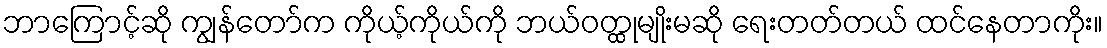
ဘာကြောင့်ဆို ကျွန်တော်က ကိုယ့်ကိုယ်ကို ဘယ်ဝတ္ထုမျိုးမဆို ရေးတတ်တယ် ထင်နေတာကိုး။